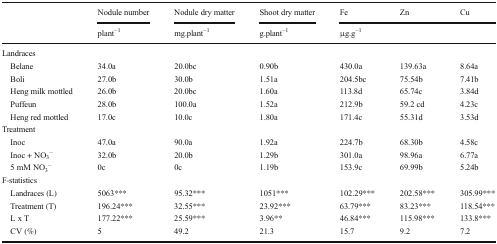
<table><thead><tr><td rowspan="2">[EMPTY_CELL]</td><td><b>Nodule number</b></td><td><b>Nodule dry matter</b></td><td><b>Shoot dry matter</b></td><td><b>Fe</b></td><td><b>Zn</b></td><td><b>Cu</b></td></tr><tr><td><b>plant<sup>−1</sup></b></td><td><b>mg.plant<sup>−1</sup></b></td><td><b>g.plant<sup>−1</sup></b></td><td colspan="3"><b>μg.g<sup>−1</sup></b></td></tr></thead><tbody><tr><td colspan="7">Landraces</td></tr><tr><td> Belane</td><td>34.0a</td><td>20.0bc</td><td>0.90b</td><td>430.0a</td><td>139.63a</td><td>8.64a</td></tr><tr><td> Boli</td><td>27.0b</td><td>30.0b</td><td>1.51a</td><td>204.5bc</td><td>75.54b</td><td>7.41b</td></tr><tr><td> Heng milk mottled</td><td>26.0b</td><td>20.0bc</td><td>1.60a</td><td>113.8d</td><td>65.74c</td><td>3.84d</td></tr><tr><td> Puffeun</td><td>28.0b</td><td>100.0a</td><td>1.52a</td><td>212.9b</td><td>59.2 cd</td><td>4.23c</td></tr><tr><td> Heng red mottled</td><td>17.0c</td><td>10.0c</td><td>1.80a</td><td>171.4c</td><td>55.31d</td><td>3.53d</td></tr><tr><td colspan="7">Treatment</td></tr><tr><td> Inoc</td><td>47.0a</td><td>90.0a</td><td>1.92a</td><td>224.7b</td><td>68.30b</td><td>4.58c</td></tr><tr><td> Inoc + NO<sub>3</sub><sup>−</sup></td><td>32.0b</td><td>20.0b</td><td>1.29b</td><td>301.0a</td><td>98.96a</td><td>6.77a</td></tr><tr><td> 5 mM NO<sub>3</sub><sup>−</sup></td><td>0c</td><td>0c</td><td>1.19b</td><td>153.9c</td><td>69.99b</td><td>5.24b</td></tr><tr><td colspan="7">F-statistics</td></tr><tr><td> Landraces (L)</td><td>5063***</td><td>95.32***</td><td>1051***</td><td>102.29***</td><td>202.58***</td><td>305.99***</td></tr><tr><td> Treatment (T)</td><td>196.24***</td><td>32.55***</td><td>23.92***</td><td>63.79***</td><td>83.23***</td><td>118.54***</td></tr><tr><td> L x T</td><td>177.22***</td><td>25.59***</td><td>3.96**</td><td>46.84***</td><td>115.98***</td><td>133.8***</td></tr><tr><td> CV (%)</td><td>5</td><td>49.2</td><td>21.3</td><td>15.7</td><td>9.2</td><td>7.2</td></tr></tbody></table>